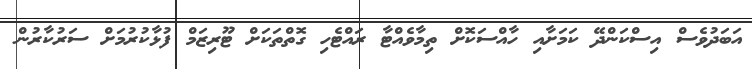
އަބަދުވެސް އިސްކަންދޭ ކަމަށާއި ހާއްސަކޮށް ތިމާވެއްޓާ ރައްޓެހި ގޮތްތަކަށް ޓޫރިޒަމް ފުޅާކުރުމަށް ސަރުކާރުން